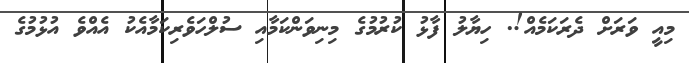
މިއީ ވަރަށް ދެރަކަމެއް!. ހިޔާލު ފާޅު ކުރުމުގެ މިނިވަންކަމާއި ސުލްހަވެރިކަމާއެކު އެއްވެ އުޅުމުގެ